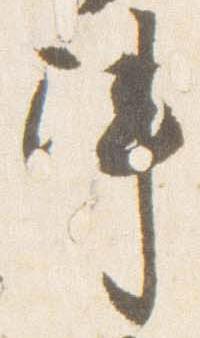
陣